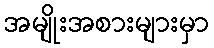
အမျိုးအစားများမှာ